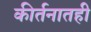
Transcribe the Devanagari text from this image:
कीर्तनातही